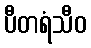
ပီတရံသီဝ